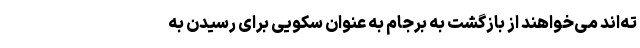
ته‌اند می‌خواهند از بازگشت به برجام به عنوان سکویی برای رسیدن به